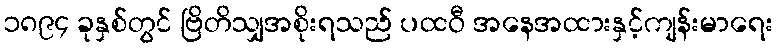
၁၈၉၄ ခုနှစ်တွင် ဗြိတိသျှအစိုးရသည် ပထဝီ အနေအထားနှင့်ကျန်းမာရေး